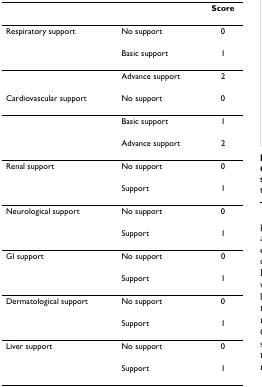
|  |  | Score |
 | --- | --- | --- |
 | Respiratory support | No support | 0 |
 |  | Basic support | 1 |
 |  | Advance support | 2 |
 | Cardiovascular support | No support | 0 |
 |  | Basic support | 1 |
 |  | Advance support | 2 |
 | Renal support | No support | 0 |
 |  | Support | 1 |
 | Neurological support | No support | 0 |
 |  | Support | 1 |
 | GI support | No support | 0 |
 |  | Support | 1 |
 | Dermatological support | No support | 0 |
 |  | Support | 1 |
 | Liver support | No support | 0 |
 |  | Support | 1 |